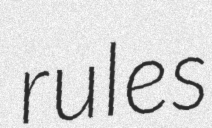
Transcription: rules